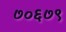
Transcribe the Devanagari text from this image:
७०६७९